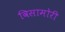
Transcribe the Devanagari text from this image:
विसामोरी